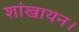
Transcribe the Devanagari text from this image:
शांखायन।